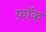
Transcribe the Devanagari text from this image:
फ़ॉक